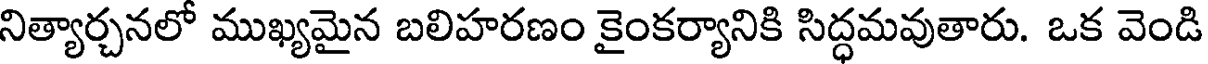
నిత్యార్చనలో ముఖ్యమైన బలిహరణం కైంకర్యానికి సిద్ధమవుతారు. ఒక వెండి